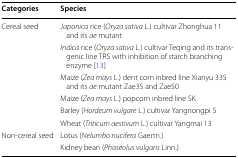
<table><thead><tr><td><b>Categories</b></td><td><b>Species</b></td></tr></thead><tbody><tr><td rowspan="6">Cereal seed</td><td><i>Japonica</i> rice (<i>Oryza sativa</i> L.) cultivar Zhonghua 11 and its <i>ae</i> mutant</td></tr><tr><td><i>Indica</i> rice (<i>Oryza sativa</i> L.) cultivar Teqing and its transgenic line TRS with inhibition of starch branching enzyme [13]</td></tr><tr><td>Maize (<i>Zea mays</i> L.) dent corn inbred line Xianyu 335 and its <i>ae</i> mutant Zae35 and Zae50</td></tr><tr><td>Maize (<i>Zea mays</i> L.) popcorn inbred line SK</td></tr><tr><td>Barley (<i>Hordeum vulgare</i> L.) cultivar Yangnongpi 5</td></tr><tr><td>Wheat (<i>Triticum aestivum</i> L.) cultivar Yangmai 13</td></tr><tr><td rowspan="2">Non-cereal seed</td><td>Lotus (<i>Nelumbo nucifera</i> Gaertn.)</td></tr><tr><td>Kidney bean (<i>Phaseolus vulgaris</i> Linn.)</td></tr></tbody></table>